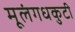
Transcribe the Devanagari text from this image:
मूलंगधकुटी